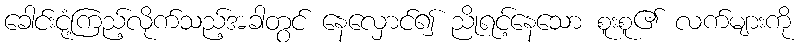
ခေါင်းငုံ့ကြည့်လိုက်သည့်အခါတွင် နေလှောင်၍ ညိုရင့်နေသော စူးစူ၏ လက်များကို